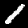
Digit: 1